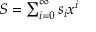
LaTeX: \textstyle S = \sum _ { i = 0 } ^ { \infty } s _ { i } x ^ { i }